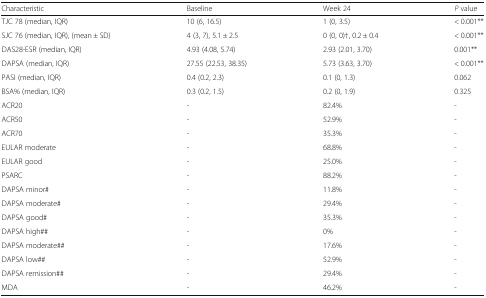
| Characteristic | Baseline | Week 24 | P value |
 | --- | --- | --- | --- |
 | TJC 78 (median, IQR) | 10 (6, 16.5) | 1 (0, 3.5) | < 0.001** |
 | SJC 76 (median, IQR), (mean ± SD) | 4 (3, 7), 5.1 ± 2.5 | 0 (0, 0)†, 0.2 ± 0.4 | < 0.001** |
 | DAS28-ESR (median, IQR) | 4.93 (4.08, 5.74) | 2.93 (2.01, 3.70) | 0.001** |
 | DAPSA (median, IQR) | 27.55 (22.53, 38.35) | 5.73 (3.63, 3.70) | < 0.001** |
 | PASI (median, IQR) | 0.4 (0.2, 2.3) | 0.1 (0, 1.3) | 0.062 |
 | BSA% (median, IQR) | 0.3 (0.2, 1.5) | 0.2 (0, 1.9) | 0.325 |
 | ACR20 | - | 82.4% | - |
 | ACR50 | - | 52.9% | - |
 | ACR70 | - | 35.3% | - |
 | EULAR moderate | - | 68.8% | - |
 | EULAR good | - | 25.0% | - |
 | PSARC | - | 88.2% | - |
 | DAPSA minor# | - | 11.8% | - |
 | DAPSA moderate# | - | 29.4% | - |
 | DAPSA good# | - | 35.3% | - |
 | DAPSA high## | - | 0% | - |
 | DAPSA moderate## | - | 17.6% | - |
 | DAPSA low## | - | 52.9% | - |
 | DAPSA remission## | - | 29.4% | - |
 | MDA | - | 46.2% | - |